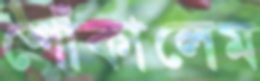
শোঁকালেম